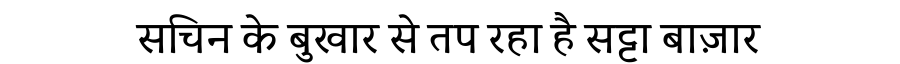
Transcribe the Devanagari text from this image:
सचिन के बुखार से तप रहा है सट्टा बाज़ार